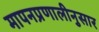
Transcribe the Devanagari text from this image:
मापनप्रणालीनुसार